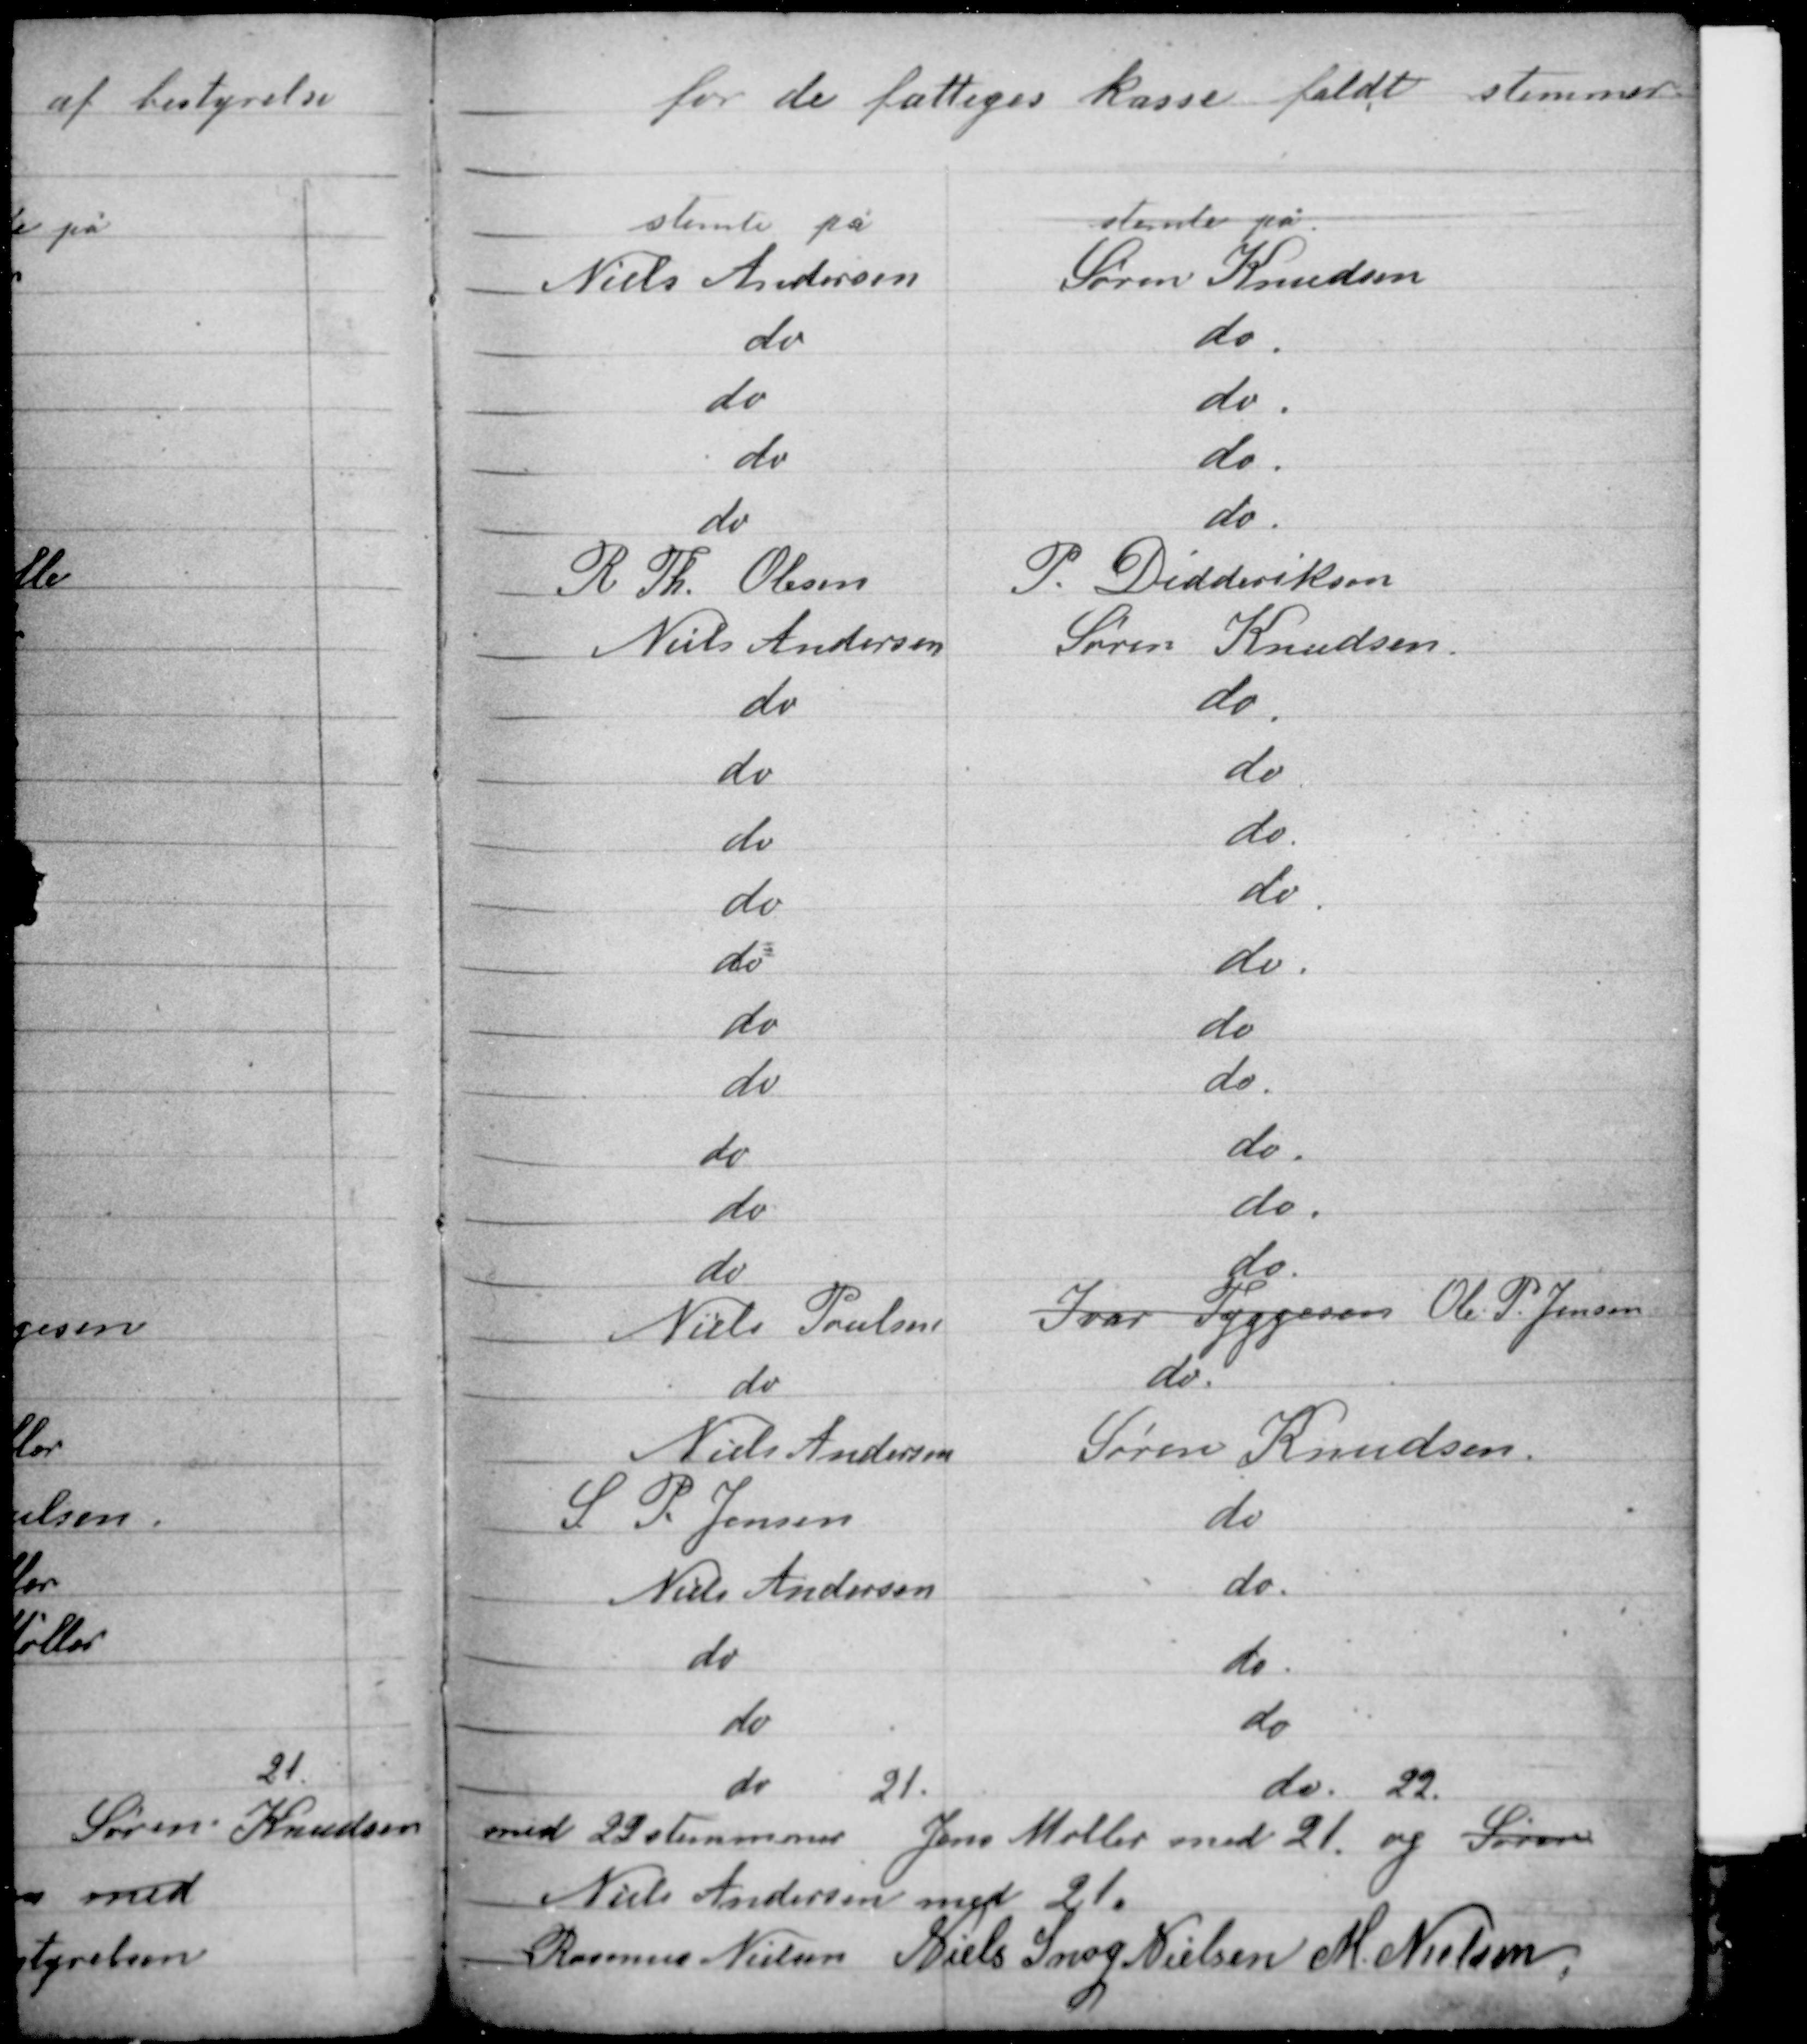
Transskription:
for de fattiges kasse faldt stemmer

med 22 stemmer Jens Møller med 21 og Søren
Niels Andersen med 21.
Rasmus Nielsen Niels Snog Nielsen M. Nielsen